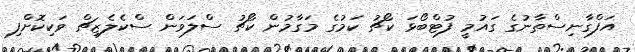
އަފްގާނިސްތާނުގެ ގައުމީ ފުޓްބޯޅަ ކޯޗު ކަމުގެ މަގާމުން ކޯޗު ސްލަވަން ސްކެލެޒިޗް ވަކިކޮށްފި